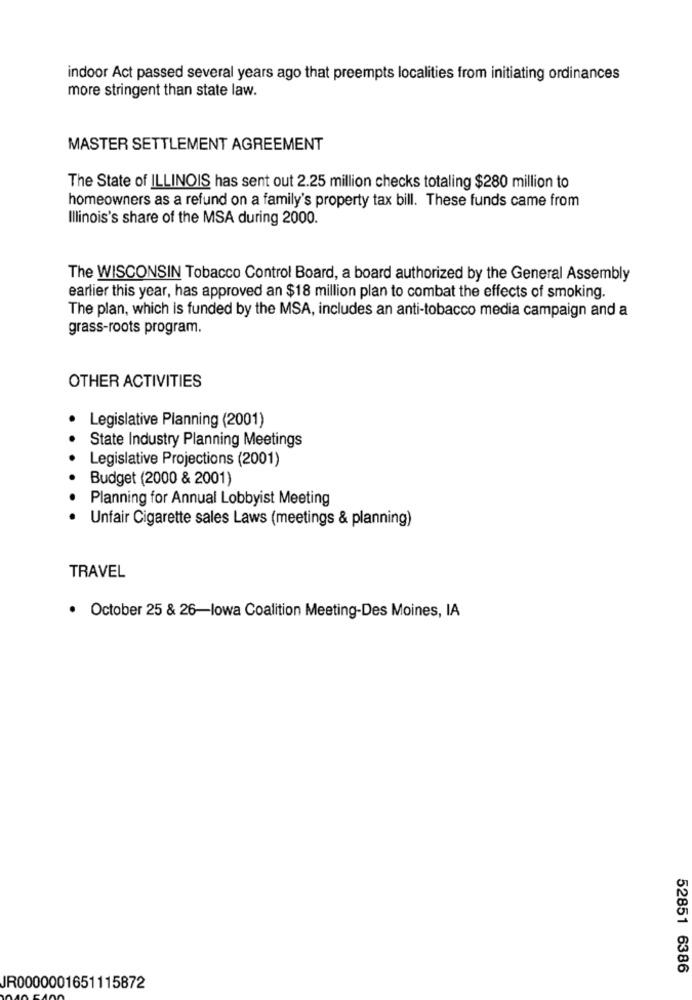
indoor Act passed several years ago that preempts localities from initiating ordinances
more stringent than state law.
MASTER SETTLEMENT AGREEMENT
The State of ILLINOIS has sent out 2.25 million checks totaling $280 million to
homeowners as a refund on a family's property tax bill. These funds came from
Illinois's share of the MSA during 2000.
The WISCONSIN Tobacco Control Board, a board authorized by the General Assembly
earlier this year, has approved an $18 million plan to combat the effects of smoking.
The plan, which is funded by the MSA, includes an anti-tobacco media campaign and a
grass-roots program.
OTHER ACTIVITIES
Legislative Planning (2001)
State Industry Planning Meetings
Legislative Projections (2001)
Budget (2000 & 2001)
Planning for Annual Lobbyist Meeting
Unfair Cigarette sales Laws (meetings & planning)
TRAVEL
· October 25 & 26-lowa Coalition Meeting-Des Moines, IA
52851 6386
JR0000001651115872